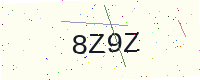
Text: 8Z9Z